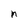
Character: n